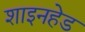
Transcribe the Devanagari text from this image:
शाइनहेड